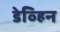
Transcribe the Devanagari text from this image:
डेव्हिन